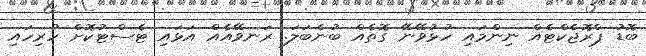
ބޮޑު ޕްރޮޖެކްޓެއް ނިންމައި ހުޅުވޭނޭ ގޮތެއް ބުނެބަލަ. ރަނވޭއެއް އަޅައި ޓެސްޓުކޮށް ހުރިހައި